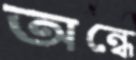
অন্ধে